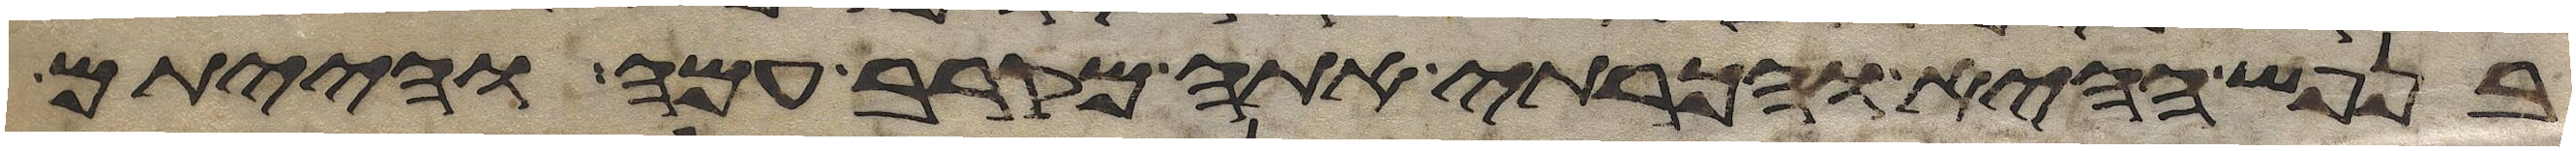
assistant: בנפש ההיא והכרתי אתה מקרב עמה והייתם